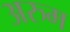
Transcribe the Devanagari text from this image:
अरुम